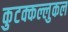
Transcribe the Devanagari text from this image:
कुटक्कल्लुकल